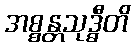
အစ္စန္တသုဒ္ဓီတိ